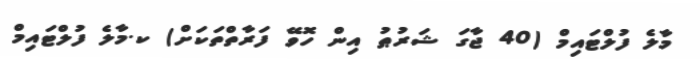
މާލެ ފުލްޓައިމް (40 ޖާގަ ޝަރުޠު އިން ހޮވޭ ފަރާތްތަކަށް) ކ.މާލެ ފުލްޓައިމް